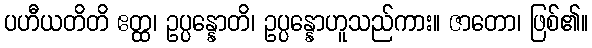
ပဟီယတိတိ ဧတ္ထ၊ ဥပ္ပန္နောတိ၊ ဥပ္ပန္နောဟူသည်ကား။ ဇာတော၊ ဖြစ်၏။